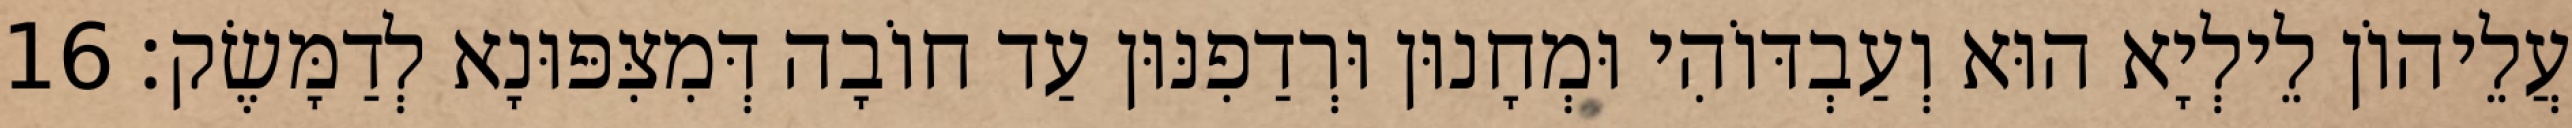
עֲלֵיהוֹן לֵילְיָא הוּא וְעַבְדּוֹהִי וּמְחָנוּן וּרְדַפִנּוּן עַד חוֹבָה דְּמִצִּפּוּנָא לְדַמָּשֶׂק׃ 16